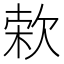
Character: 𣣙